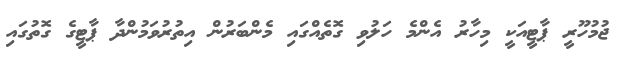
ޖުމުހޫރީ ޕާޓީއަކީ މިހާރު އެންމެ ހަލުވި ގޮތެއްގައި މެންބަރުން އިތުރުވަމުންދާ ޕާޓީގެ ގޮތުގައި